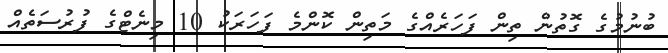
ބުނުމުގެ ގޮތުން ތިން ފަހަރެއްގެ މަތިން ކޮންމެ ފަހަރަކު 10 މިނެޓްގެ ފުރުސަތެއް